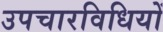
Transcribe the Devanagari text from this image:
उपचारविधियों